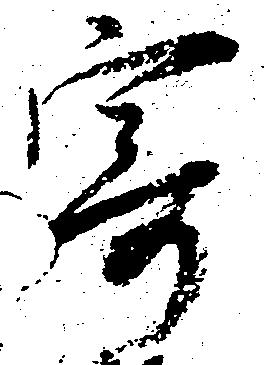
寄